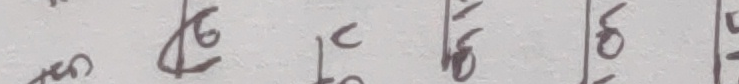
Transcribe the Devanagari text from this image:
९८६४